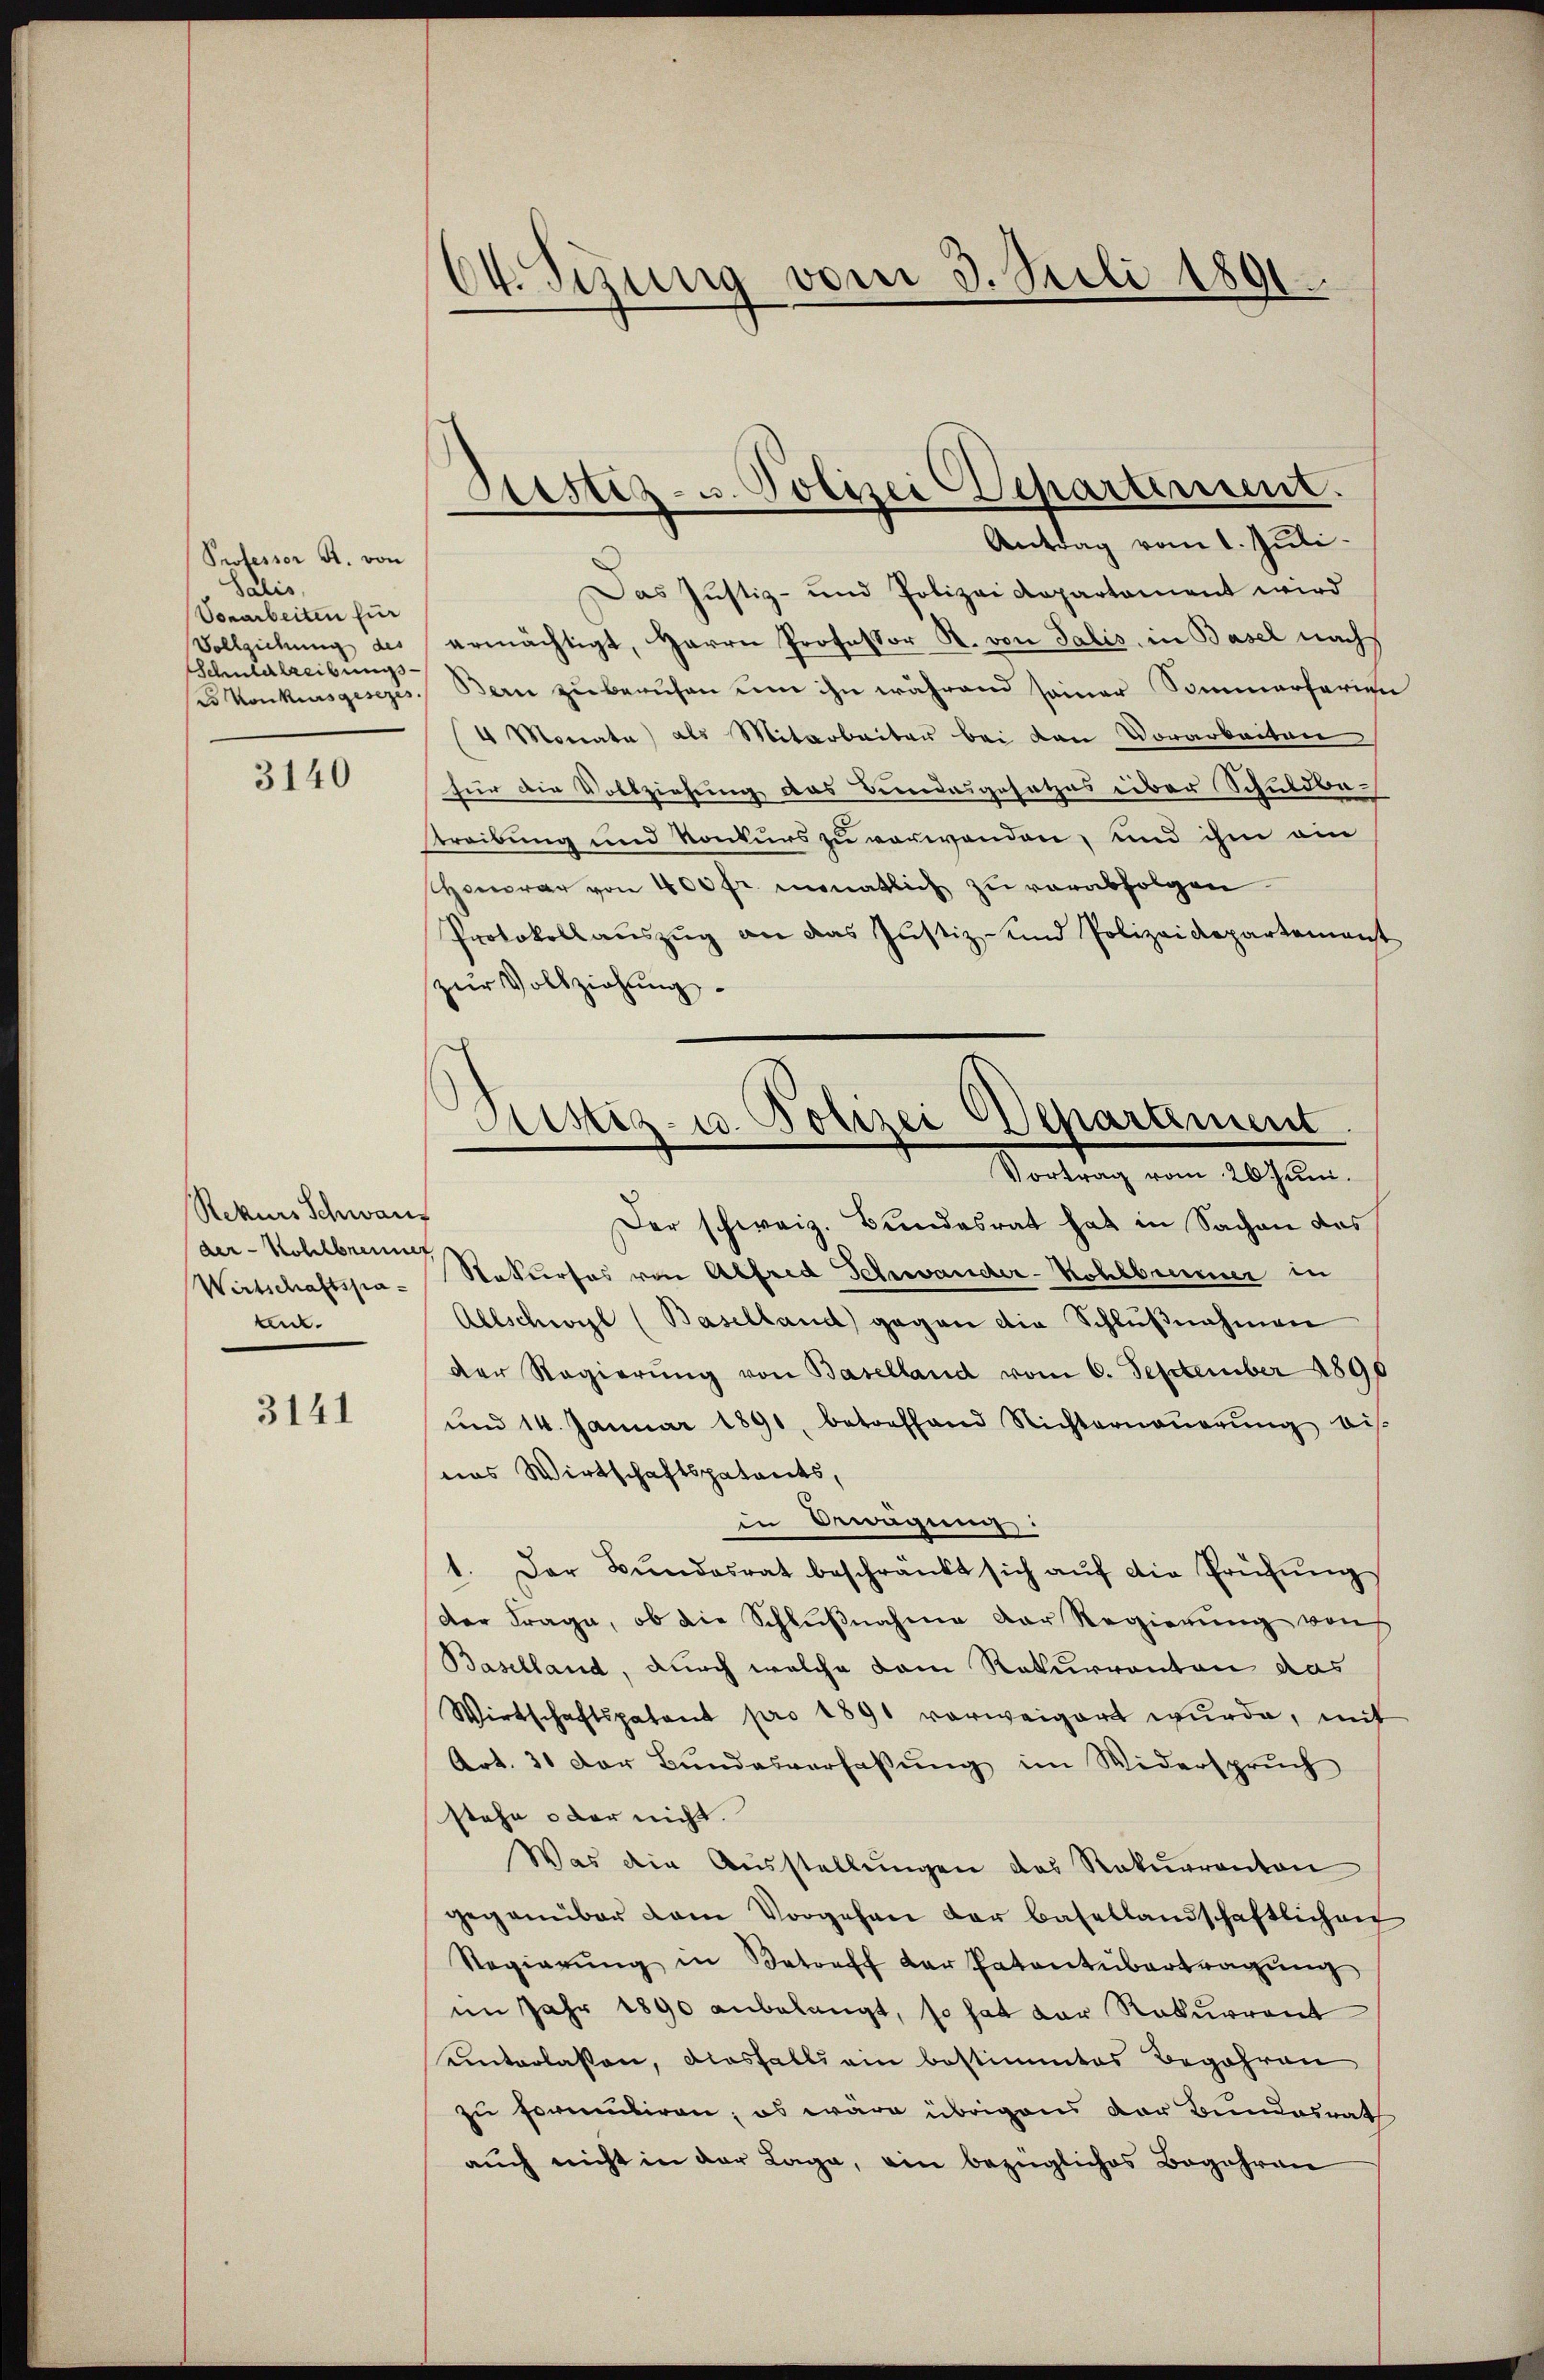
Professor R. von
Salis,
Vonarbeiten für
Vollziehung des
Schuldtreibungsdo Konkursgesezes

3140

Rekurs Schwan
der- Kollbrennet
Wirtschaftspate.

3141

24. Stung vom 3. Juli 1891.

Ristiz- u. Polizei Departement.
Antrag vom 1. Juli

Das Justiz- und Polizei Repartement wird
ermächtigt, Herrn Professor R. von Salis, in Basel nach
Bern zu berufen um ihn während seiner Sommerferien
(4 Monate) als Mitarbeiter bei von Vorarbeiten
für die Vollziehung das Bundesgesetzes über Schuldba
Streibung und Konkurs zu verwenden, und ihm ein
Honorar von 400 fr. monatlich zŭ verabfolgen.
Protokollauszug an das Justiz- und Polizeidepartement
zur Vollziehung
Der schweiz. Bundesrat hat in Sachen das
Rekurses von Alfred Schwander-Kohlbrunner in
Allschwyl (Baselland gegen die Schlŭβnahmen
der Regierŭng von Baselland vom 6. September 1890
und 14. Januar 1891, betreffend Nichterneŭerŭng bis
nas Wirtschaftspatents,
in Bewegung:
1. Der Bŭndesrat beschränkt sich aŭf die Prüfŭng
der Frage, ob die Schlŭβnahme der Regierung von
Baselland, durch welche dem Rekurranton das
Wirtschaftspatent pro 1891 vorweigert wurde, mit
Art. 31 der Bundesverfassŭng im Widerspruch
stehe oder nicht.
Was die Aŭsstellŭngen das Rekŭrranton
gegenüber dem Vorgehen der Basellandschaftlichen
Regierŭng in Betreff der Patentübertragŭng
im Jahr 1890 anbelangt, so hat der Rekurrent
uinterlassen, diesfalls ein bestimmtes Begehren
zu formuliren; es wäre übrigens der Bundesrat
aŭch nicht in der Lage, ein bezügliches Begehren

Sistiz- u. Polizei Departement
Vortrag vom 20 Juni.